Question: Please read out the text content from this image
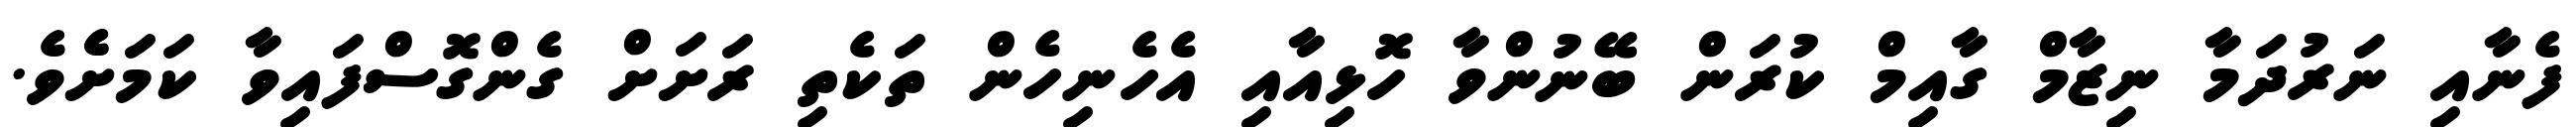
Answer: ފެނާއި ނަރުދަމާ ނިޒާމް ގާއިމް ކުރަން ބޭނުންވާ ހޮޅިއާއި އެހެނިހެން ތަކެތި ރަށަށް ގެންގޮސްފައިވާ ކަމަށެެވެ.